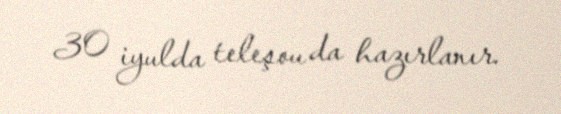
30 iyulda teleşou da hazırlanır.